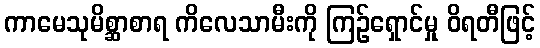
ကာမေသုမိစ္ဆာစာရ ကိလေသာမီးကို ကြဉ်ရှောင်မှု ဝိရတီဖြင့်